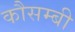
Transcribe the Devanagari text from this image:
कौसम्बी